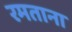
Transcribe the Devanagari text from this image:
रमताना